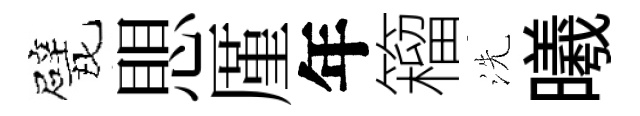
戏愳厪年籕洗曦